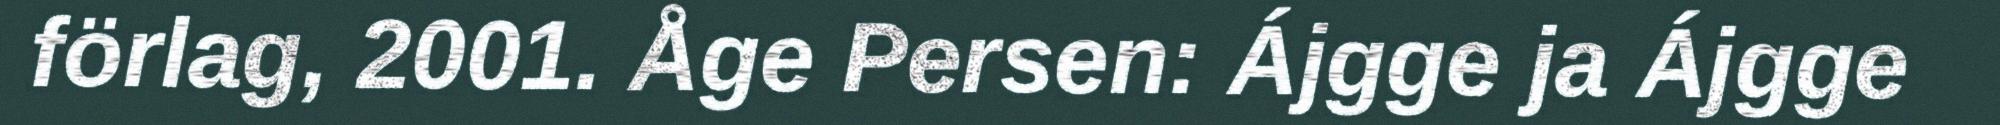
förlag, 2001. Åge Persen: Ájgge ja Ájgge